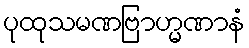
ပုထုသမဏဗြာဟ္မဏာနံ